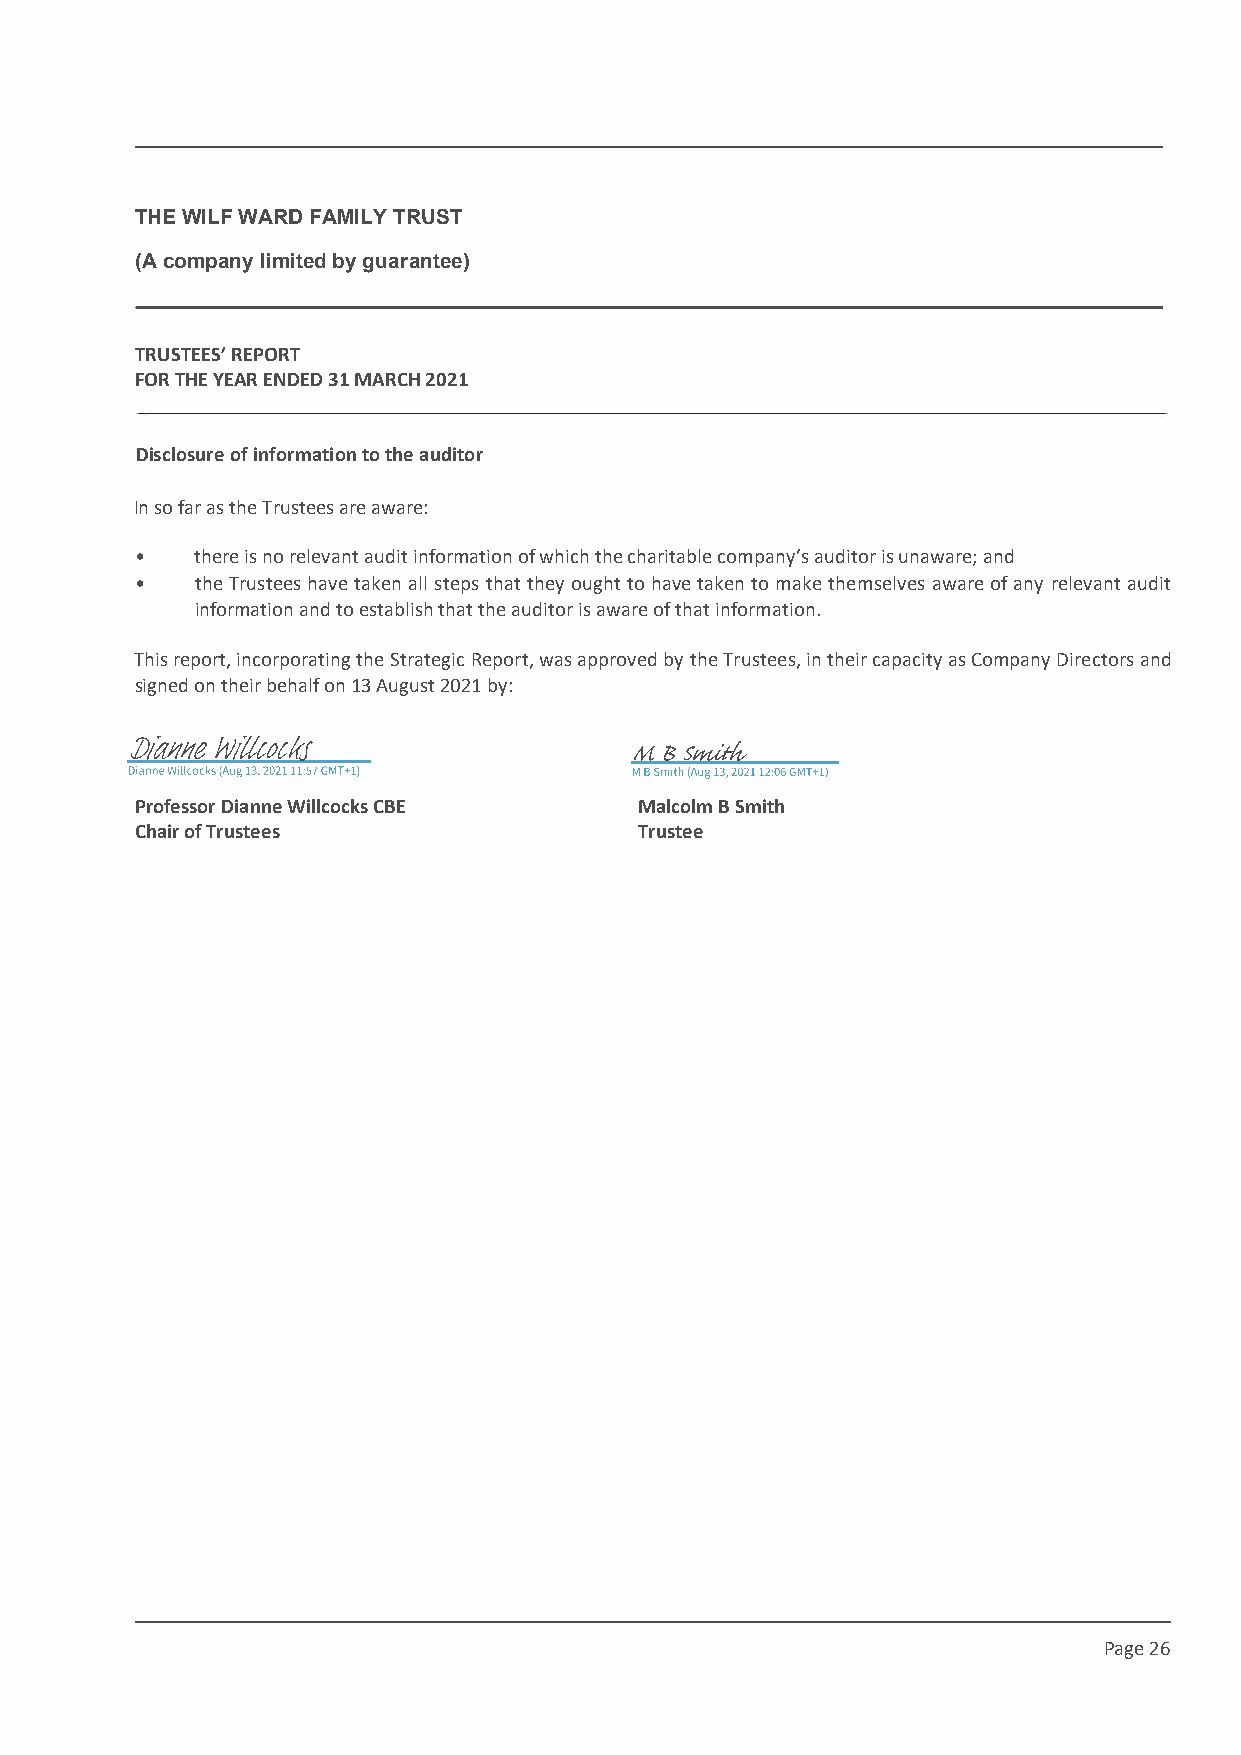
This draft produced on 28/7/2021 11:34
 THE WILF WARD FAMILY TRUST
 (A company limited by guarantee)
 TRUSTEES’ REPORT
 FOR THE YEAR ENDED 31 MARCH 2021
 isclosure of information to the auditor
 In so far as the Trustees are aware:
 •   there is no relevant audit information of which the charitable company’s auditor is unaware; and
 •   the Trustees have taken all steps that they ought to have taken to make themselves aware of any relevant audit
 information and to establish that the auditor is aware of that information.
 This report, incorporating the Strategic Report, was approved by the Trustees, in their capacity as Company Directors and
 signed on their behalf on 13 August 2021 by:
 Professor Dianne Willcocks CBE   Malcolm B Smith
 Chair of Trustees                Trustee
 Page 26